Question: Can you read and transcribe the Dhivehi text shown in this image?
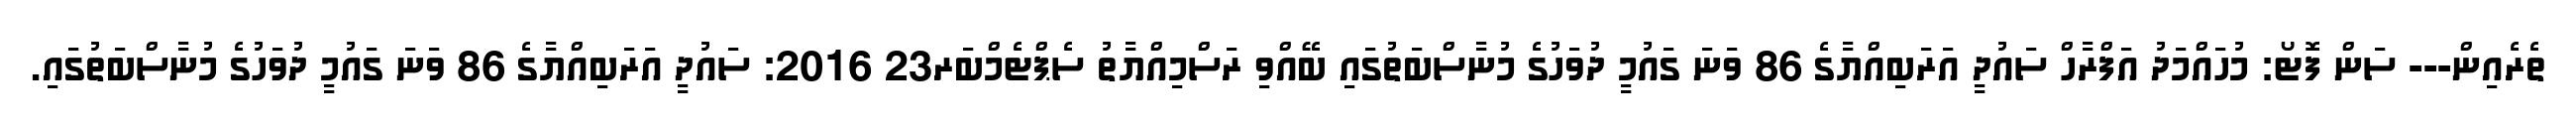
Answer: ތެރެއިން--- ސަން ފޮޓޯ: މުހައްމަދު އަފްރާހް ސައުދީ އަރަބިއްޔާގެ 86 ވަނަ ގައުމީ ދުވަހުގެ މުނާސްބަތުގައި ބޭއްވި ރަސްމިއްޔާތު ސެޕްޓެމްބަރ23 2016: ސައުދީ އަރަބިއްޔާގެ 86 ވަނަ ގައުމީ ދުވަހުގެ މުނާސްބަތުގައި.